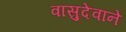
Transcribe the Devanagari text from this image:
वासुदेवाने